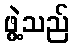
ဖွဲ့သည်